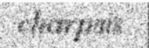
charpais